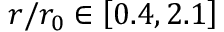
r / r _ { 0 } \in \left[ 0 . 4 , 2 . 1 \right]